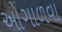
ઓગાળવા